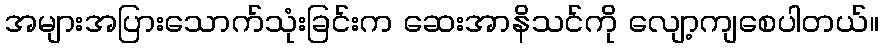
အများအပြားသောက်သုံးခြင်းက ဆေးအာနိသင်ကို လျော့ကျစေပါတယ်။